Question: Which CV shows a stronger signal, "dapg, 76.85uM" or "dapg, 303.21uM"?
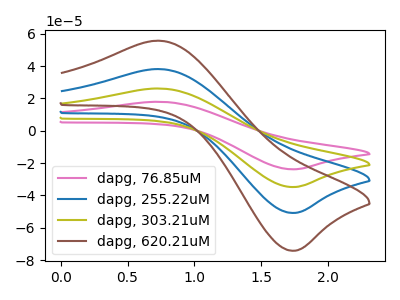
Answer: <think>The pink curve "dapg, 76.85uM" has an anodic peak at (0.75V, 17.90uA) and a cathodic peak at (1.70V, -23.85uA). The blue curve "dapg, 255.22uM" has an anodic peak at (0.75V, 52.20uA) and a cathodic peak at (1.70V, -69.60uA). The olive curve "dapg, 303.21uM" has an anodic peak at (0.75V, 26.10uA) and a cathodic peak at (1.70V, -34.80uA). The brown curve "dapg, 620.21uM" has an anodic peak at (0.75V, 78.35uA) and a cathodic peak at (1.70V, -104.40uA).
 All the peaks in "dapg, 76.85uM" have a peak in "dapg, 303.21uM" at the same potential. Every peak in "dapg, 76.85uM" is lower than every peak in "dapg, 303.21uM".</think>
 <answer>"dapg, 76.85uM" has less signal than "dapg, 303.21uM".</answer>
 <eval>less_signal</eval>